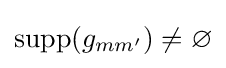
\mathrm {supp} (g_{mm'})\neq \varnothing